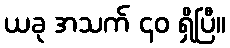
ယခု အသက် ၄၀ ရှိပြီ။